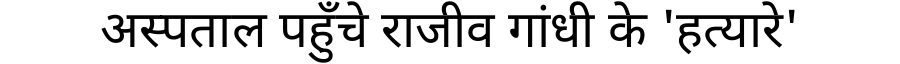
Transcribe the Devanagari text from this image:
अस्पताल पहुँचे राजीव गांधी के 'हत्यारे'